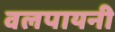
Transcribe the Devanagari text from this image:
वलपायनी